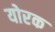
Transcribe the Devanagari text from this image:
योरक